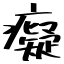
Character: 癡